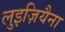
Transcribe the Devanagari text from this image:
लुइज़ियैना